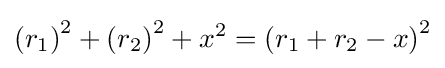
\left(r_{1}\right)^{2}+\left(r_{2}\right)^{2}+x^{2}=\left(r_{1}+r_{2}-x\right)^{2}